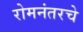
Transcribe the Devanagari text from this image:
रोमनंतरचे